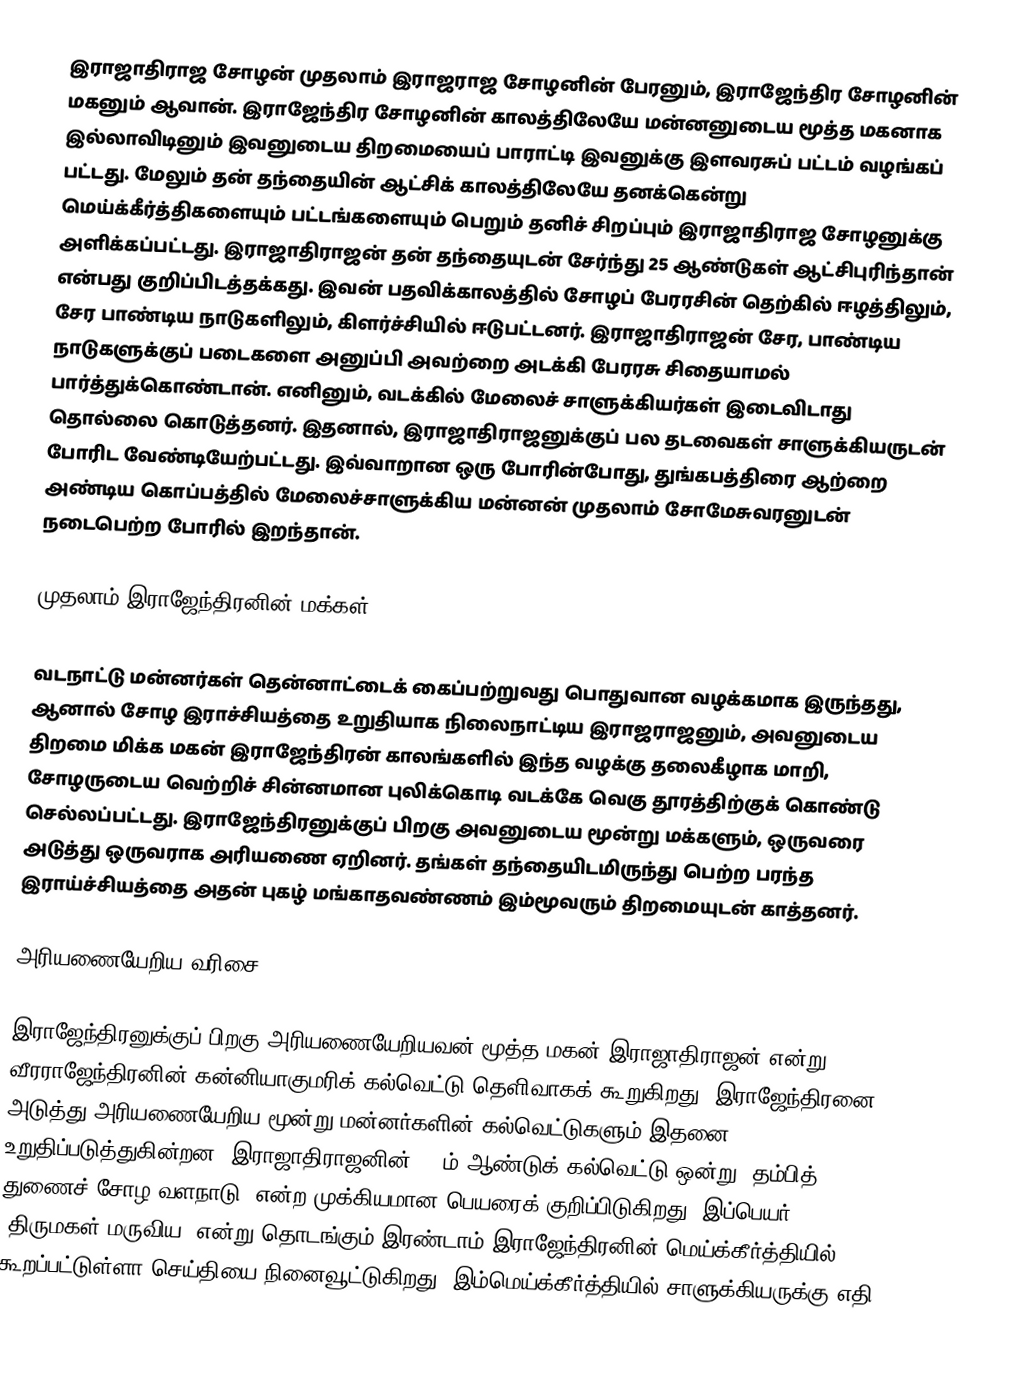
இராஜாதிராஜ சோழன் முதலாம் இராஜராஜ சோழனின் பேரனும், இராஜேந்திர சோழனின் மகனும் ஆவான். இராஜேந்திர சோழனின் காலத்திலேயே மன்னனுடைய மூத்த மகனாக இல்லாவிடினும் இவனுடைய திறமையைப் பாராட்டி இவனுக்கு இளவரசுப் பட்டம் வழங்கப் பட்டது. மேலும் தன் தந்தையின் ஆட்சிக் காலத்திலேயே தனக்கென்று மெய்க்கீர்த்திகளையும் பட்டங்களையும் பெறும் தனிச் சிறப்பும் இராஜாதிராஜ சோழனுக்கு அளிக்கப்பட்டது. இராஜாதிராஜன் தன் தந்தையுடன் சேர்ந்து 25 ஆண்டுகள் ஆட்சிபுரிந்தான் என்பது குறிப்பிடத்தக்கது. இவன் பதவிக்காலத்தில் சோழப் பேரரசின் தெற்கில் ஈழத்திலும், சேர பாண்டிய நாடுகளிலும், கிளர்ச்சியில் ஈடுபட்டனர். இராஜாதிராஜன் சேர, பாண்டிய நாடுகளுக்குப் படைகளை அனுப்பி அவற்றை அடக்கி பேரரசு சிதையாமல் பார்த்துக்கொண்டான். எனினும், வடக்கில் மேலைச் சாளுக்கியர்கள் இடைவிடாது தொல்லை கொடுத்தனர். இதனால், இராஜாதிராஜனுக்குப் பல தடவைகள் சாளுக்கியருடன் போரிட வேண்டியேற்பட்டது. இவ்வாறான ஒரு போரின்போது, துங்கபத்திரை ஆற்றை அண்டிய கொப்பத்தில் மேலைச்சாளுக்கிய மன்னன் முதலாம் சோமேசுவரனுடன் நடைபெற்ற போரில் இறந்தான்.

முதலாம் இராஜேந்திரனின் மக்கள்

வடநாட்டு மன்னர்கள் தென்னாட்டைக் கைப்பற்றுவது பொதுவான வழக்கமாக இருந்தது, ஆனால் சோழ இராச்சியத்தை உறுதியாக நிலைநாட்டிய இராஜராஜனும், அவனுடைய திறமை மிக்க மகன் இராஜேந்திரன் காலங்களில் இந்த வழக்கு தலைகீழாக மாறி, சோழருடைய வெற்றிச் சின்னமான புலிக்கொடி வடக்கே வெகு தூரத்திற்குக் கொண்டு செல்லப்பட்டது. இராஜேந்திரனுக்குப் பிறகு அவனுடைய மூன்று மக்களும், ஒருவரை அடுத்து ஒருவராக அரியணை ஏறினர். தங்கள் தந்தையிடமிருந்து பெற்ற பரந்த இராய்ச்சியத்தை அதன் புகழ் மங்காதவண்ணம் இம்மூவரும் திறமையுடன் காத்தனர்.

அரியணையேறிய வரிசை

இராஜேந்திரனுக்குப் பிறகு அரியணையேறியவன் மூத்த மகன் இராஜாதிராஜன் என்று வீரராஜேந்திரனின் கன்னியாகுமரிக் கல்வெட்டு தெளிவாகக் கூறுகிறது. இராஜேந்திரனை அடுத்து அரியணையேறிய மூன்று மன்னர்களின் கல்வெட்டுகளும் இதனை உறுதிப்படுத்துகின்றன.  இராஜாதிராஜனின் 35-ம் ஆண்டுக் கல்வெட்டு ஒன்று 'தம்பித் துணைச் சோழ வளநாடு' என்ற முக்கியமான பெயரைக் குறிப்பிடுகிறது. இப்பெயர், 'திருமகள் மருவிய' என்று தொடங்கும் இரண்டாம் இராஜேந்திரனின் மெய்க்கீர்த்தியில் கூறப்பட்டுள்ளா செய்தியை நினைவூட்டுகிறது. இம்மெய்க்கீர்த்தியில் சாளுக்கியருக்கு எதி